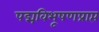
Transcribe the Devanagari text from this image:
पद्मविभूषणप्राप्त